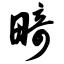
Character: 畸